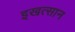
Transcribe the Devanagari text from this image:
इखत्सान